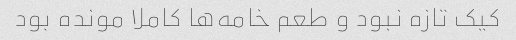
کیک تازه نبود و طعم خامه‌ها کاملا مونده بود